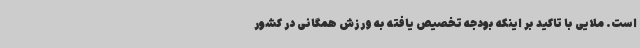
است. ملایی با تاکید بر اینکه بودجه تخصیص یافته به ورزش همگانی در کشور